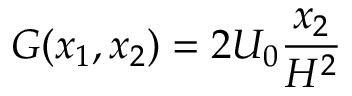
G ( x _ { 1 } , x _ { 2 } ) = 2 U _ { 0 } \frac { x _ { 2 } } { H ^ { 2 } }